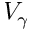
V _ { \gamma }